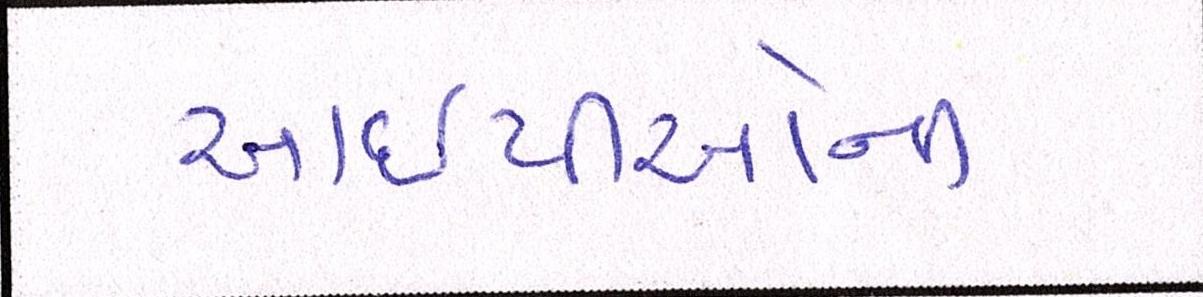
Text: આઇપીઓની